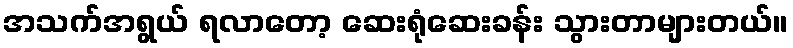
အသက်အရွယ် ရလာတော့ ဆေးရုံဆေးခန်း သွားတာများတယ်။